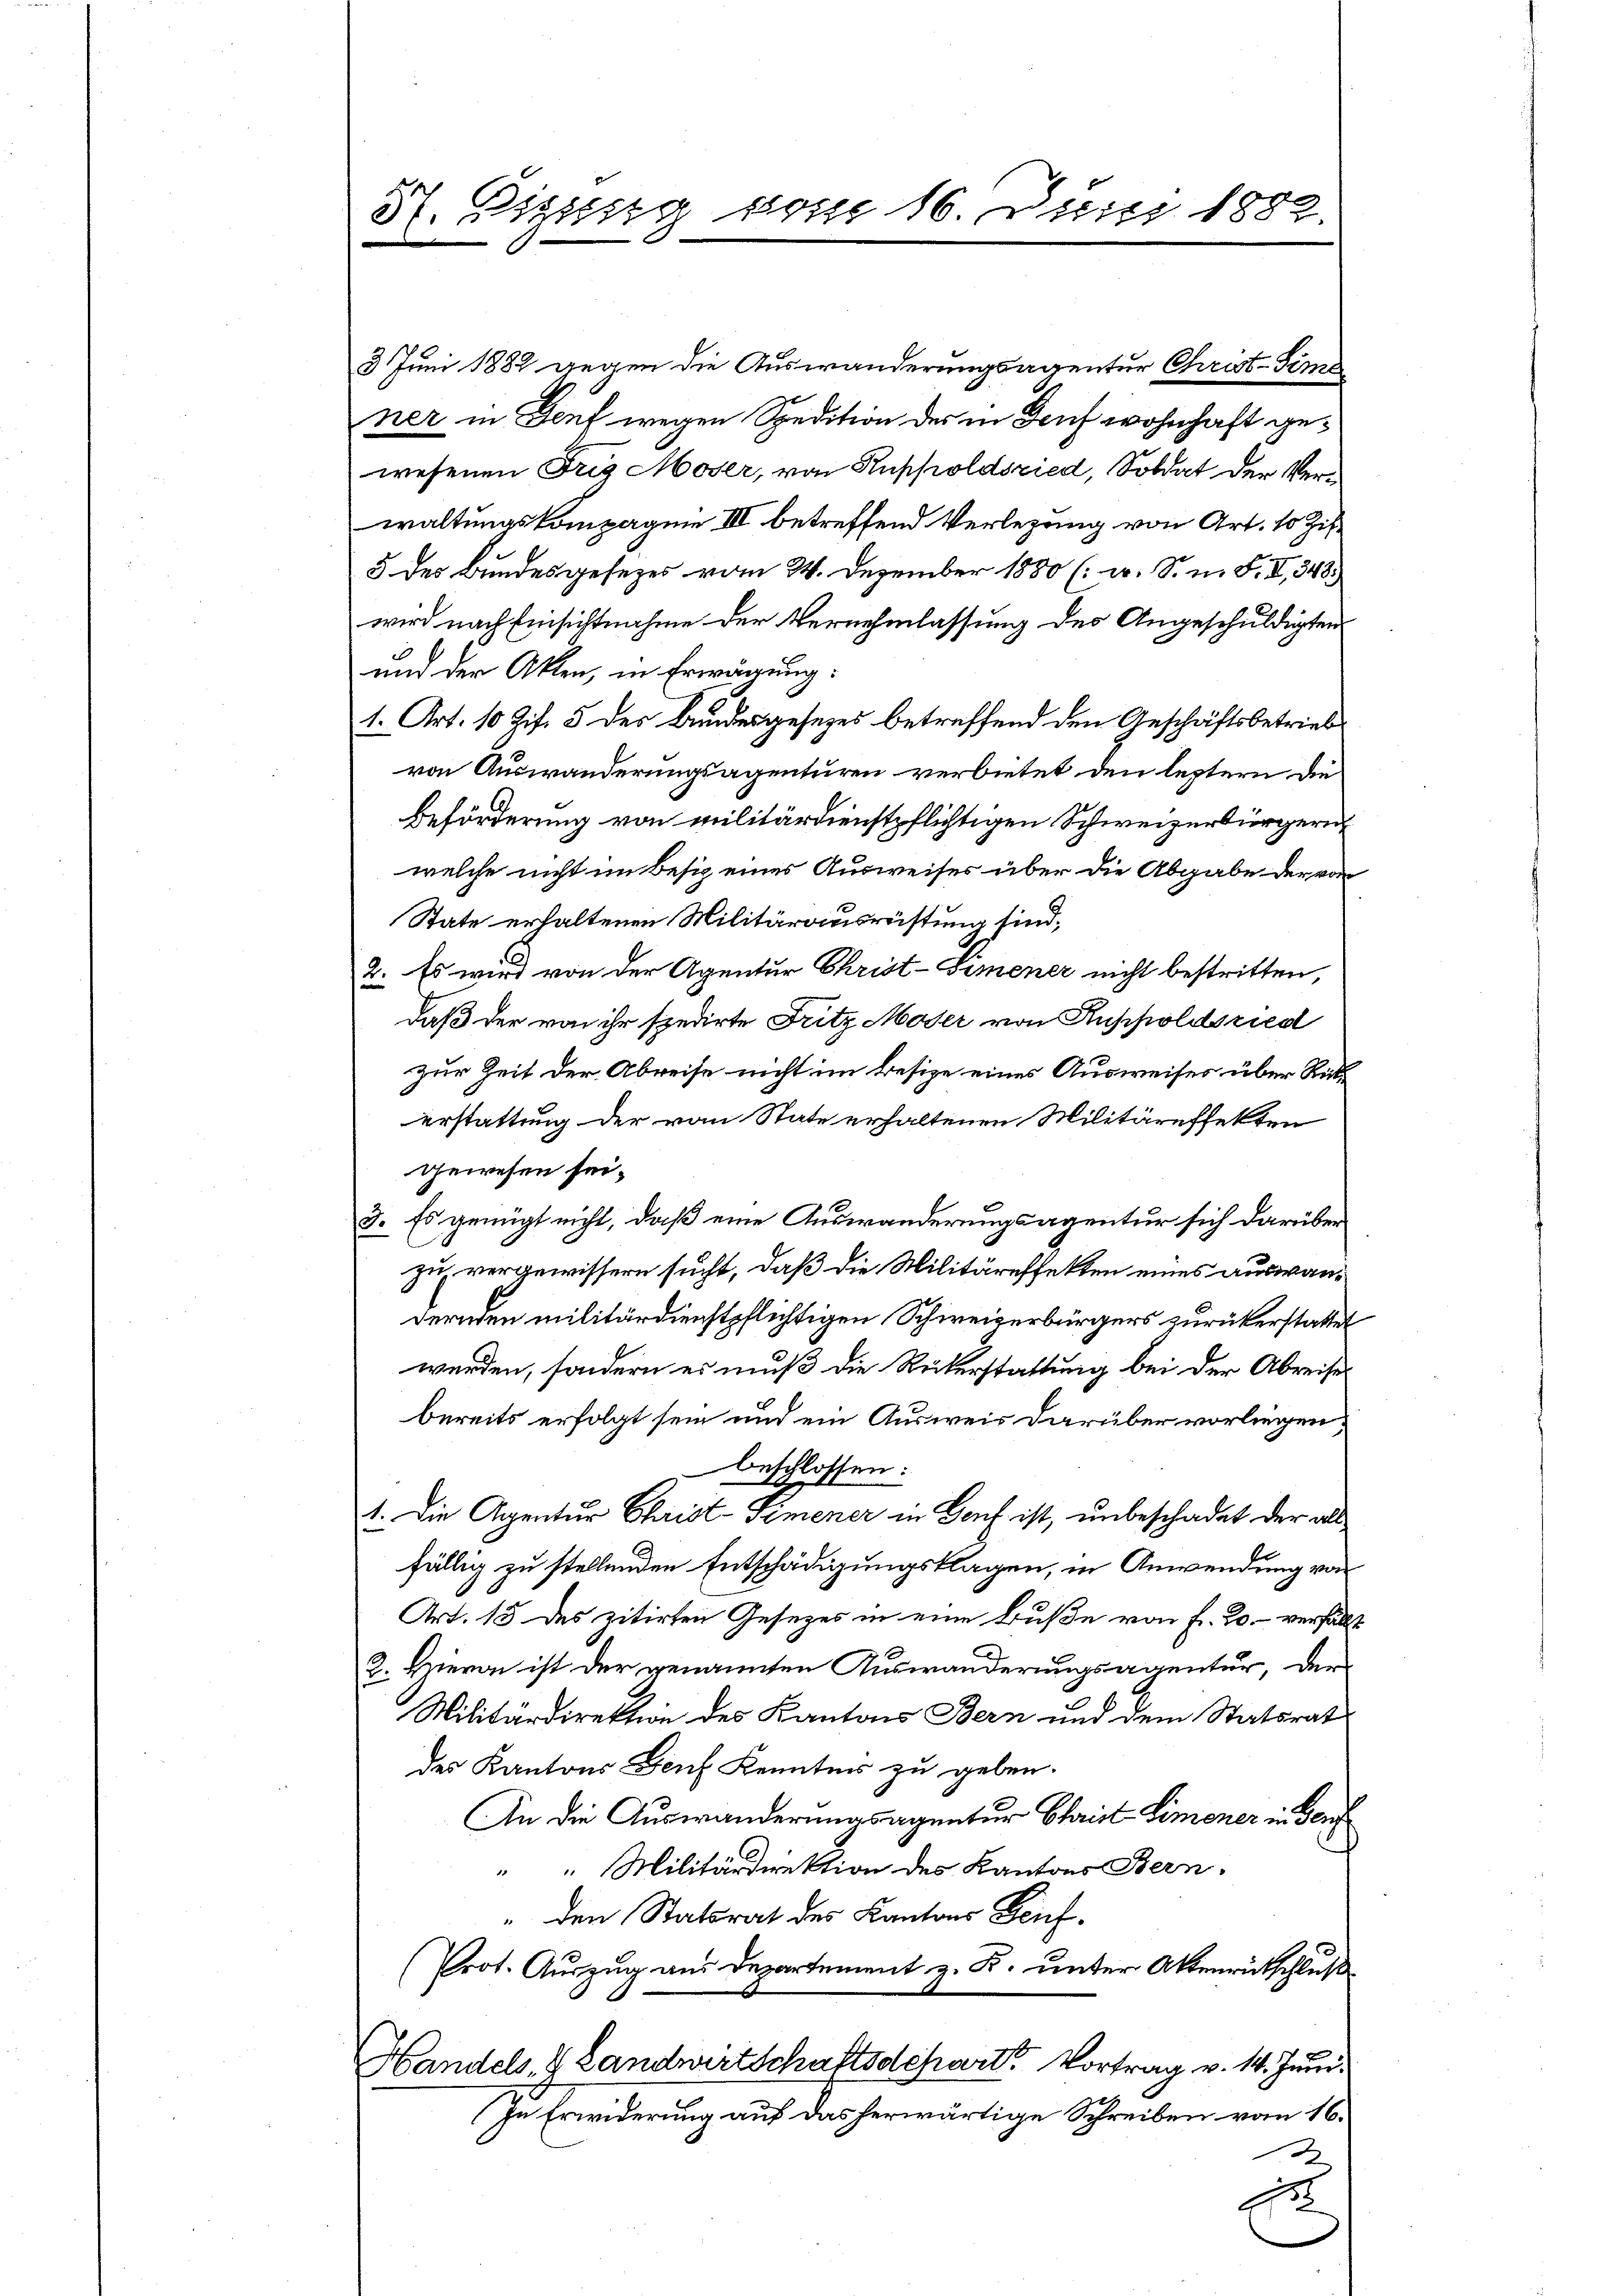
H. Rigung vom 16. Juni 1882.

3 Juni 1882 gegen die Auswanderungsagentur Christ-Geme
ner in Genf wegen Spedition des in Dorf wohnhaft gewesenen Frig Moser, von Kuppoldsried, Soldat der Verwaltungskompagnie III betreffend Verlegung von Art. 10 Zif.
5 des Bundesgesezes vom 24. Dezember 1880 (: u. S. n. F. II., 348.
wird nach Einsichtnahme der Vernehmlassung des Angeschuldigten
und der Akten, in Erwägung:
1. Art. 10 Zif. 3 des Bundesgesezes betreffend den Geschäftsbetrieb
von Auswanderungsagenturen verbietet den leztern die
Beförderung von militärdienstpflichtigen Schweizerbürgern
welche nicht im Besiz eines Ausweises über die Abgabe der von
State erhaltenen Militärausrüstung sind,
2. Es wird von der Agentur Christ-Simener nicht bestritten,
daß der von ihr spedirte Fritz Moser von Ruppoldsried
zur Zeit der Abreise nicht im Besize eines Ausweises über Rickerstattung der von State erhaltenen Militäreffekten
gewesen sei.
3. Es genügt nicht, daß eine Auswanderungsagentur sich darüber
zu vergewissern sucht, daß die Militäreffekten eines auswandernden militärdienstpflichtigen Schweizerbürgers zurückerstattet
werden, sondern es muß die Rükerstattung bei der Abreises
bereits erfolgt sein und ein Ausweis darüber vorliegen,
beschlossen:
1. Die Agentur Christ-Trmener in Genf ist, unbeschadet der als
fällig zu stellenden Entschädigungsklagen, in Anwendung von
Art. 15 des zitirten Gesezes in eine Buße von f. 20. verfällt
2. Hievon ist der genannten Auswanderungsagentur, der
Militärdirektion des Kantons Bern und dem Statsrat
des Kantons Genf Kennter zu geben.
An die Auswanderungsagentur Christ-Limoner in den
 Militärdirektion des Kantons Bern,
" den Statsrat des Kantons Teuf¬
Prot. Auszug aus Departement z. R. unter Aktenrütschluß
Handels- & Landwirtschaftsdeparte Vortrag v. 14. Juni
In Erwiderung auf das herwärtige Schreiben vom 16.

E